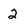
Character: 2